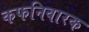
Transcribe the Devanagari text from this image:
कफनिवारक